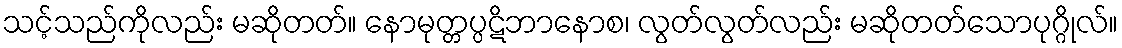
သင့်သည်ကိုလည်း မဆိုတတ်။ နောမုတ္တပ္ပဋိဘာနောစ၊ လွတ်လွတ်လည်း မဆိုတတ်သောပုဂ္ဂိုလ်။